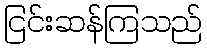
ငြင်းဆန်ကြသည်